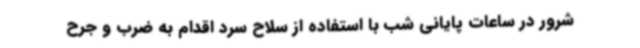
شرور در ساعات پایانی شب با استفاده از سلاح سرد اقدام به ضرب و جرح